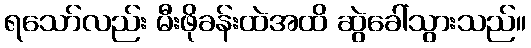
ရသော်လည်း မီးဖိုခန်းထဲအထိ ဆွဲခေါ်သွားသည်။